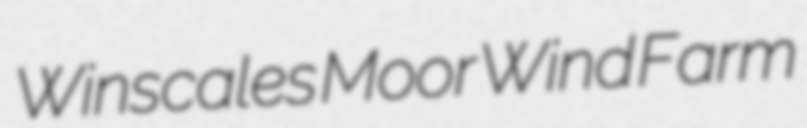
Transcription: Winscales Moor Wind Farm